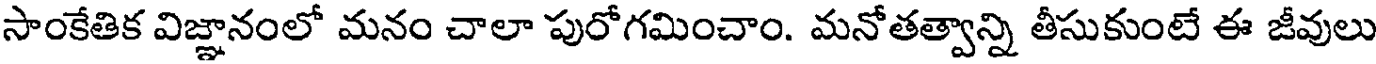
సాంకేతిక విజ్ఞానంలో మనం చాలా పురోగమించాం. మనోతత్వాన్ని తీసుకుంటే ఈ జీవులు